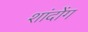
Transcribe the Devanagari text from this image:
शांदोंग